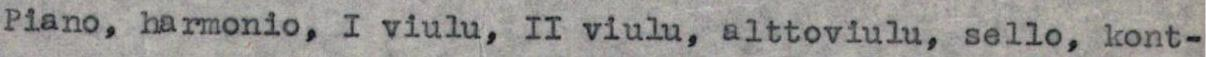
Piano, harmonio, I viulu, II viulu, alttoviulu, sello, kont-